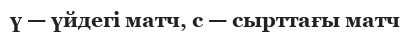
ү — үйдегі матч, с — сырттағы матч